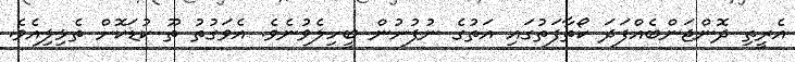
އެރީތި ދޮންޖަންބެއްފަދަ ކޯތާފަތުގައި އަތުގެ ނުފުށުން ބީހިލެވުނެވެ. އެވަގުތު ތޫ ކުޑަކޮށް ތެޅިލިއެވެ.